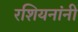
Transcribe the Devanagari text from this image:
रशियनांनी